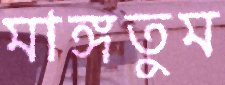
মাঙ্গতুম